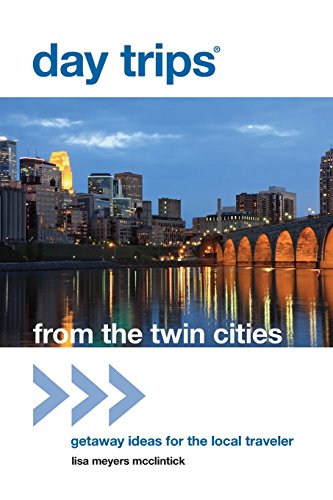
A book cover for Day TripsÂ® from the Twin Cities: Getaway Ideas For The Local Traveler (Day Trips Series); Lisa Meyers McClintick; Travel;